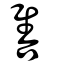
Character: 售